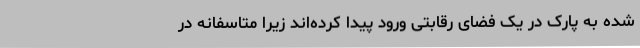
شده به پارک در یک فضای رقابتی ورود پیدا کرده‌اند زیرا متاسفانه در